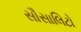
સૌસાલિટો